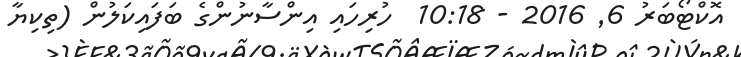
އޮކްޓޯބަރު 6